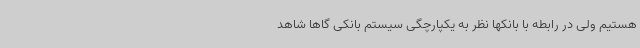
هستیم ولی در رابطه با بانکها نظر به یکپارچگی سیستم بانکی گاهاً شاهد